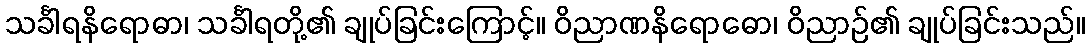
သင်္ခါရနိရောဓာ၊ သင်္ခါရတို့၏ ချုပ်ခြင်းကြောင့်။ ဝိညာဏနိရောဓော၊ ဝိညာဉ်၏ ချုပ်ခြင်းသည်။